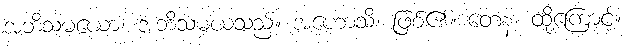
အဘိသမယော၊ အဘိသမယသည်။ အဟောသိ၊ ဖြစ်၏။ တေန၊ ထို့ကြောင့်။